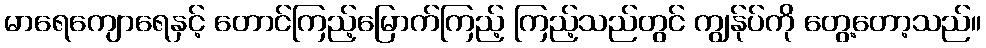
မာရေကျောရေနှင့် တောင်ကြည့်မြောက်ကြည့် ကြည့်သည်တွင် ကျွန်ုပ်ကို တွေ့တော့သည်။